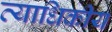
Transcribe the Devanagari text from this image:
व्याधिकीय